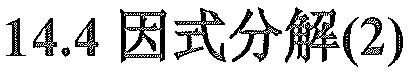
$14.4\ 因式分解(2)$